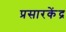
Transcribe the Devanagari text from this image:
प्रसारकेंद्र